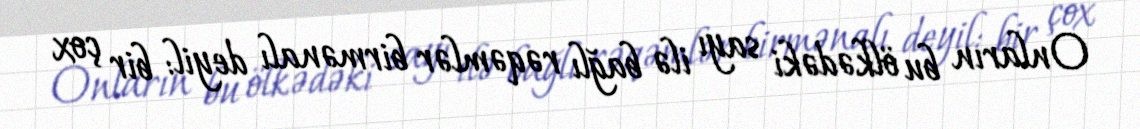
Onların bu ölkədəki sayı ilə bağlı rəqəmlər birmənalı deyil: bir çox